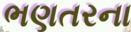
ભણતરના